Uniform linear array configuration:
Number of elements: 8
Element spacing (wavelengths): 1
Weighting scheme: cosine
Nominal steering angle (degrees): -45
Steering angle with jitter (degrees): -43.933
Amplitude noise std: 0.05
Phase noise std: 0.05

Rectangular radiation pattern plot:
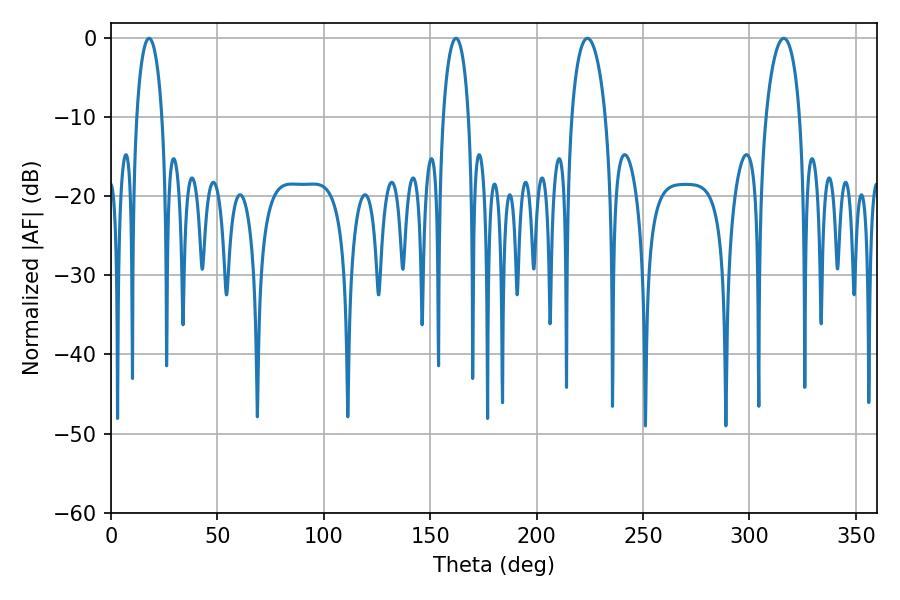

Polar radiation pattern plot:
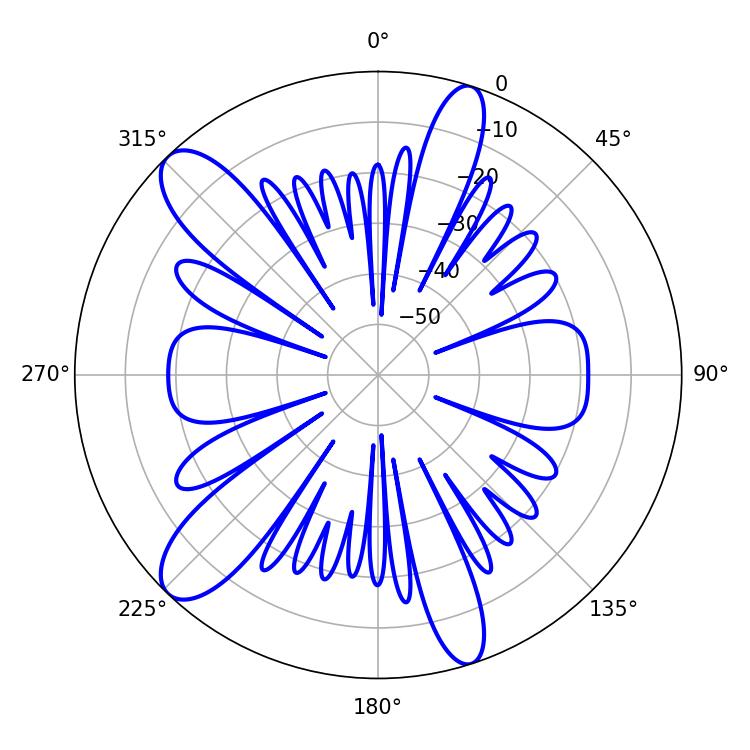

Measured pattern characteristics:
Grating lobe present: TRUE
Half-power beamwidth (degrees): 9.18
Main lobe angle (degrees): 223.92